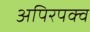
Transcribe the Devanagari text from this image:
अपिरपक्व